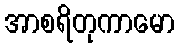
အာစရိတုကာမော